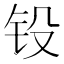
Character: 𨱁